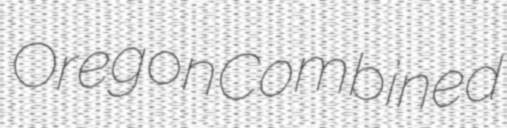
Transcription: Oregon Combined